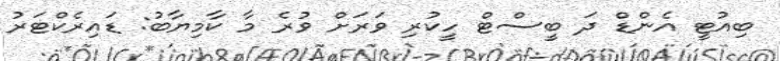
ބިއުޓީ އެންޑް ދަ ބީސްޓް ހީކުރި ވަރަށް ވުރެ މާ ކާމިޔާބު: ޑައިރެކްޓަރު